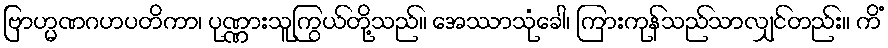
ဗြာဟ္မဏဂဟပတိကာ၊ ပုဏ္ဏားသူကြွယ်တို့သည်။ အေဿာသုံခေါ၊ ကြားကုန်သည်သာလျှင်တည်း။ ကိံ